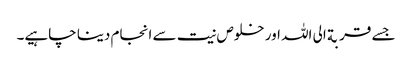
جسے قربة الی اللہ اور خلوص نیت سے انجام دینا چاہیے۔